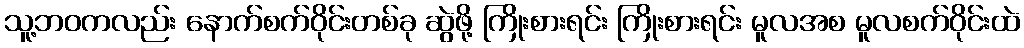
သူ့ဘဝကလည်း နောက်စက်ဝိုင်းတစ်ခု ဆွဲဖို့ ကြိုးစားရင်း ကြိုးစားရင်း မူလအစ မူလစက်ဝိုင်းထဲ